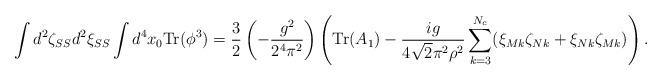
LaTeX: \begin{align*}\int d^{2}\zeta_{SS} d^{2}\xi_{SS} \int d^4x_0\mbox{Tr}(\phi^3)=\frac{3}{2}\left(-\frac{g^2}{2^4\pi^2}\right)\left(\mbox{Tr}(A_1)-\frac{ig}{4\sqrt{2}\pi^2\rho^2}\sum_{k=3}^{N_c}(\xi_{Mk}\zeta_{Nk}+\xi_{Nk}\zeta_{Mk})\right).\end{align*}